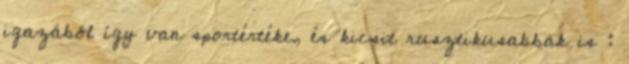
igazából így van sportértéke, és kicsit rusztikusabbak is :